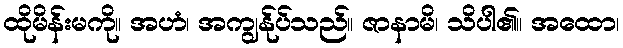
ထိုမိန်းမကို။ အဟံ၊ အကျွန်ုပ်သည်။ ဇာနာမိ၊ သိပါ၏။ အထော၊